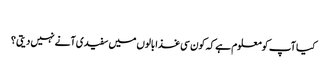
‎
کیا آپ کومعلوم ہے کہ کون سی غذا بالوں میں سفیدی آنے نہیں دیتی ؟